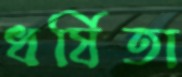
ধর্ষিতা